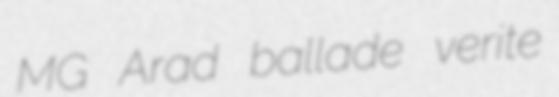
MG Arad ballade verite